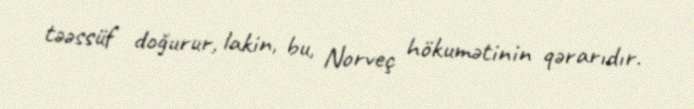
təəssüf doğurur, lakin, bu, Norveç hökumətinin qərarıdır.